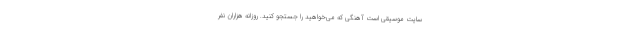
سایت موسیقی است آهنگی که می‌خواهید را جستجو کنید. روزانه هزاران نفر